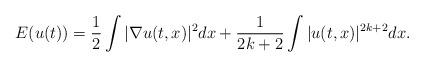
LaTeX: \begin{align*}E(u(t)) = \frac{1}{2} \int |\nabla u(t,x)|^{2} dx + \frac{1}{2k + 2} \int |u(t,x)|^{2k + 2} dx.\end{align*}